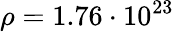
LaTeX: \rho=1.76\cdot 10^{23}